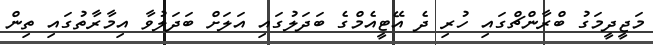
މަޖީދީމަގު ބްރާންޗްގައި ހުރި ދެ އޭޓީއެމްގެ ބަދަލުގައި އަލަށް ބަދަލުވާ އިމާރާތުގައި ތިން